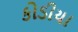
કોડીયા